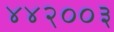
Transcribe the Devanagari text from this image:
४४२००३